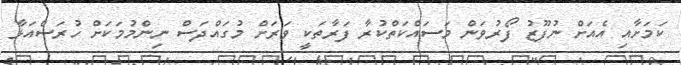
ކަމަށާއި އެއަށް ނުފޫޒު ފޯރުވަން މަސައްކަތްކުރާ ފަރާތަކީ ވަރަށް މުގައްދަސް ނިންމުމަކަށް ހުރަސްއަޅާ